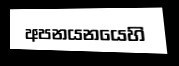
අපනයනයෙහි